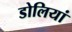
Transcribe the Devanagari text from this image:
डोलियां